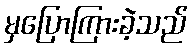
မှပြောကြားခဲ့သည်